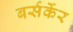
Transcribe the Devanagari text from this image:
बर्सर्केर